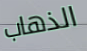
الذهاب